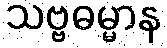
သဗ္ဗဓမ္မာန